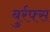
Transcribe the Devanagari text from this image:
बुर्रफ्स